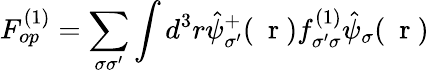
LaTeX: F_{op}^{(1)}=\sum_{\sigma\sigma^{\prime}}\int d^{3}r\hat{\psi}_{\sigma^{\prime}}^{+}(\mathrm{~\mathbf~r~})f_{\sigma^{\prime}\sigma}^{(1)}\hat{\psi}_{\sigma}(\mathrm{~\mathbf~r~})